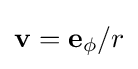
\mathbf {v} =\mathbf {e} _{\phi }/r